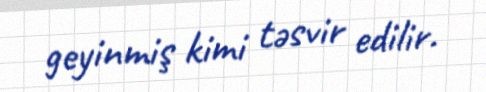
geyinmiş kimi təsvir edilir.